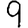
Digit: 9